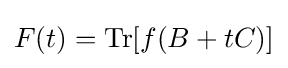
F(t)=\operatorname {Tr} [f(B+tC)]